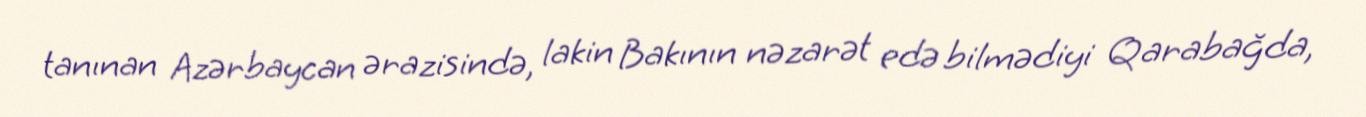
tanınan Azərbaycan ərazisində, lakin Bakının nəzarət edə bilmədiyi Qarabağda,